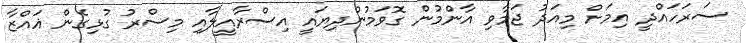
ސަރަހައްދީ އިމަށް މިއަދު ޖަމާވި އާންމުން ގޮވަމުންދިޔައީ އިސްރާއީލާއި މިސްރު ގުޅިގެން ޣައްޒާ